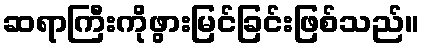
ဆရာကြီးကိုဖွားမြင်ခြင်းဖြစ်သည်။